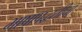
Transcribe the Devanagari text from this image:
भाषापद्धतीचा